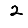
Digit: 2